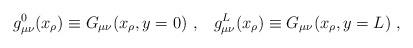
LaTeX: \begin{align*}g_{\mu\nu}^{0}(x_{\rho})\equiv G_{\mu\nu}(x_{\rho},y=0)\ ,\;\;\; g_{\mu\nu}^{L}(x_{\rho})\equiv G_{\mu\nu}(x_{\rho},y=L)\ ,\end{align*}